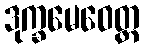
ဒုက္ခမေဝေတ္ထ